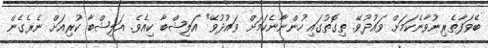
ބޭވަފާތެރިނުވާނެކަމަށް ވައުދުވޭ. ތިގޮތުގައި ހުންނާނެކަމަށް ވައުދުވޭ" އަލިޝްބާ ކިއެވެ. އަލިޝްބާ ކުރިއަށް ނެރެގެން